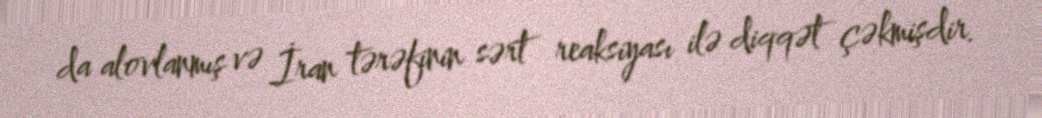
da alovlanmış və İran tərəfinin sərt reaksiyası ilə diqqət çəkmişdir.